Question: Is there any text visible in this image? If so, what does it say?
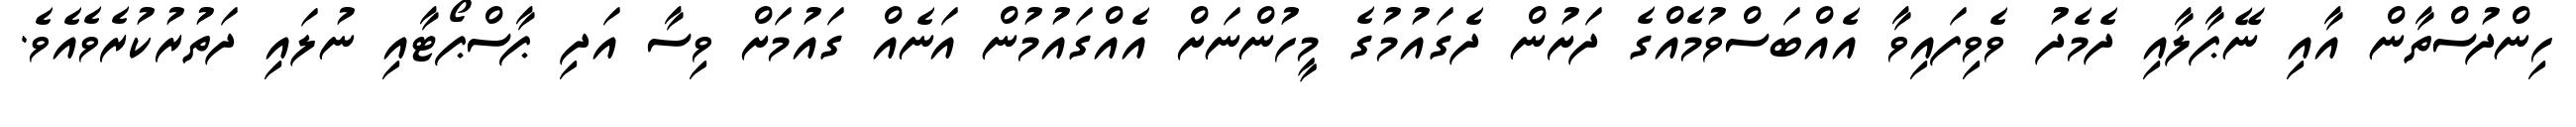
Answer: ހިންދުސްތާން އާއި ނޭޕާލާއި ދެމެދު ވެވިފައިވާ އެއްބަސްވުމެއްގެ ދަށުން ދެގައުމުގެ މީހުންނަށް އެއްގައުމުން އަނެއް ގައުމަށް ވިސާ އަދި ޕާސްޕޯޓާއި ނުލައި ދަތުރުކުރެވެއެވެ.